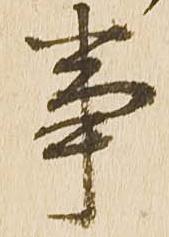
事